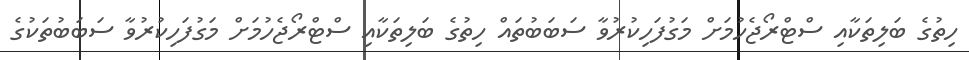
ހިތުގެ ބަލިތަކާއި ސްޓްރޯޖެހުމަށް މަގުފަހިކުރުވާ ސަބަބުތައް ހިތުގެ ބަލިތަކާއި ސްޓްރޯޖެހުމަށް މަގުފަހިކުރުވާ ސަބަބުތަކުގެ